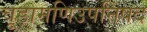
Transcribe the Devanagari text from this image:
चूड़ामणिउपनिषद